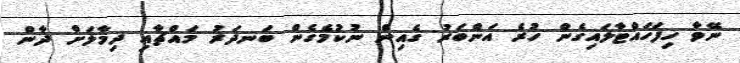
ނޭވާ ހިފަހައްޓާލައިގެން ހުރެ އަންބަރު ގެއިން ނުކުމެގެން ބަނދަރު މައްޗާއި ދިމާލަށް ދާން